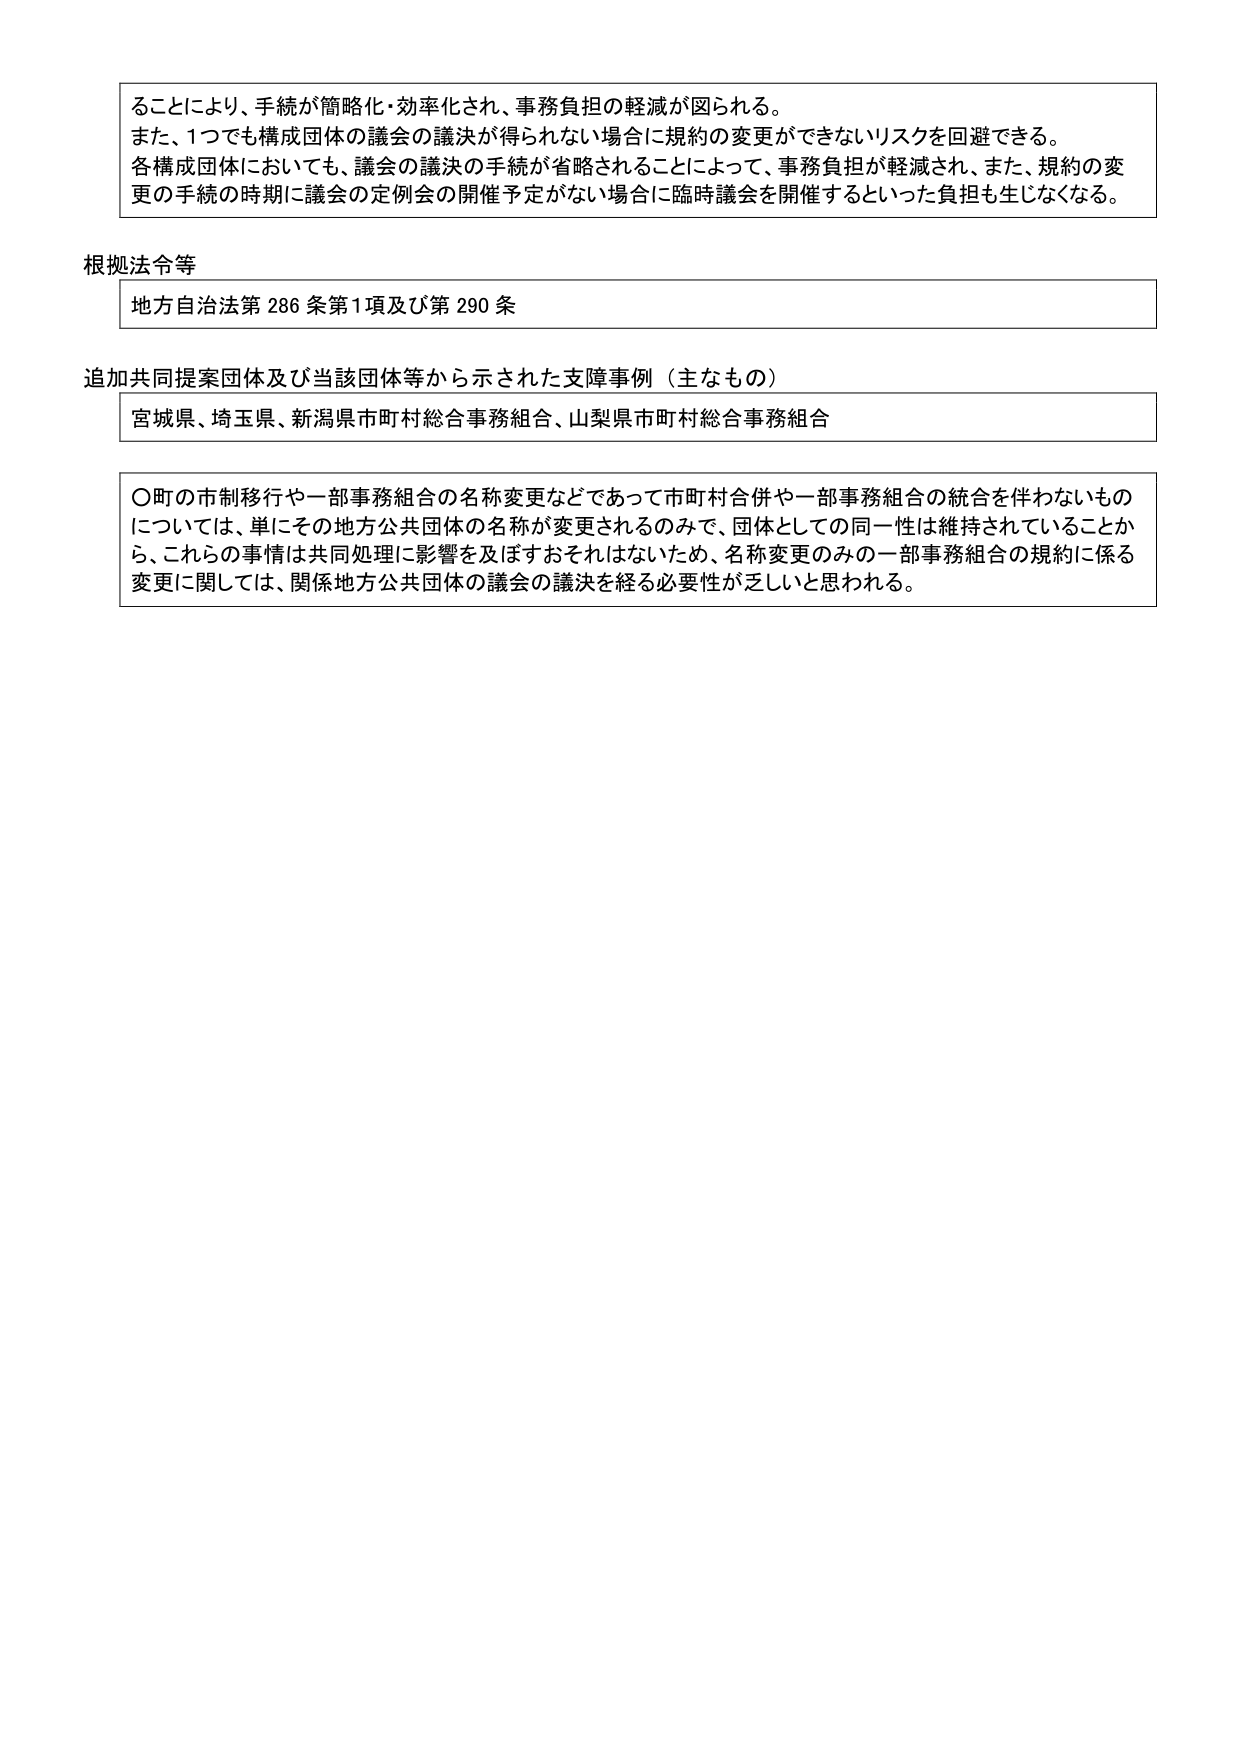
ることにより、手続が簡略化・効率化され、事務負担の軽減が図られる。
また、1つでも構成団体の議会の議決が得られない場合に規約の変更ができないリスクを回避できる。
各構成団体においても、議会の議決の手続が省略されることによって、事務負担が軽減され、また、規約の変更の手続の時期に議会の定例会の開催予定がない場合に臨時議会を開催するといった負担も生じなくなる。

根拠法令等
地方自治法第286条第1項及び第290条

追加共同提案団体及び当該団体等から示された支障事例（主なもの）
宮城県、埼玉県、新潟県市町村総合事務組合、山梨県市町村総合事務組合

〇町の市制移行や一部事務組合の名称変更などであって市町村合併や一部事務組合の統合を伴わないものについては、単にその地方公共団体の名称が変更されるのみで、団体としての同一性は維持されていることから、これらの事情は共同処理に影響を及ぼすおそれはないため、名称変更のみの一部事務組合の規約に係る変更に関しては、関係地方公共団体の議会の議決を経る必要性が乏しいと思われる。